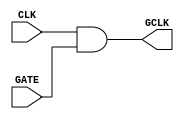
module clock_gating (
    input wire CLK,      // Main clock signal
    input wire GATE,     // Control signal to enable/disable clock
    output wire GCLK     // Gated clock signal
);

// Implementing clock gating using an AND gate
assign GCLK = CLK & GATE;

endmodule